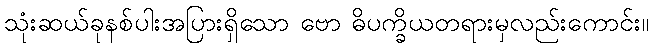
သုံးဆယ်ခုနစ်ပါးအပြားရှိသော ဗော ဓိပက္ခိယတရားမှလည်းကောင်း။